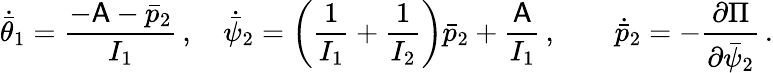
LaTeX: \dot{\bar{\theta}}_{1}=\frac{-\mathsf{A}-\bar{p}_{2}}{I_{1}}\, ,\quad\dot{\bar{\psi}}_{2}=\left(\frac{1}{I_{1}}+\frac{1}{I_{2}}\right)\bar{p}_{2}+\frac{\mathsf{A}}{I_{1}}\, ,\qquad\dot{\bar{p}}_{2}=-\frac{\partial\Pi}{\partial\bar{\psi}_{2}}\, .